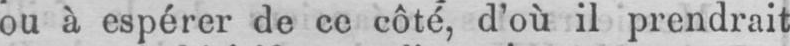
ou à espérer de ce côté, d’où il prendrait